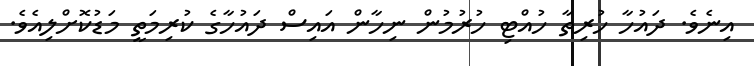
އިނެވެ. ދައުހާ ހުރިތާ ހުއްޓި ހުރުމުން ނިހާން އައިސް ދައުހާގެ ކުރިމަތީ މަޑުކޮށްލިއެވެ.